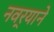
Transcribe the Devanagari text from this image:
नवर्‍याने